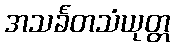
အသင်္ခတသံယုတ္တ